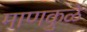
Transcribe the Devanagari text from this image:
माणकुळे